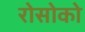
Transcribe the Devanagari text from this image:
रोसोको